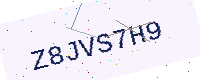
Text: Z8JVS7H9